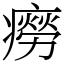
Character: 癆